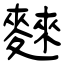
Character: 麳